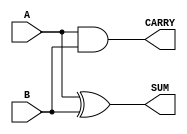
module parameterized_half_adder #(
    parameter WIDTH = 1 // Parameter to define the bit-width of inputs and outputs
) (
    input  [WIDTH-1:0] A,  // Single-bit input A
    input  [WIDTH-1:0] B,  // Single-bit input B
    output [WIDTH-1:0] SUM, // Single-bit output for sum
    output [WIDTH-1:0] CARRY // Single-bit output for carry
);

    // Sum Calculation using XOR operation
    assign SUM = A ^ B;

    // Carry Calculation using AND operation
    assign CARRY = A & B;

endmodule